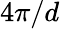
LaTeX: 4\pi/d